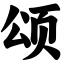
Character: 颂